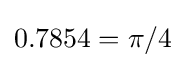
0.7854=\pi /4